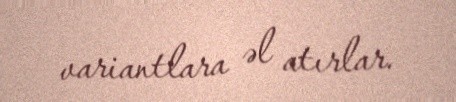
variantlara əl atırlar.